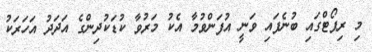
މި ރިޕޯޓްގައި ބުނެފައި ވަނީ އުފަންވުމާ އެކު މަރުވާ ކުޑަކުދިންގެ އަދަދު އަހަރަކު